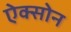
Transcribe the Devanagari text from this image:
ऐक्सोन